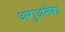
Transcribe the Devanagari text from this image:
अगुअतेका